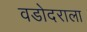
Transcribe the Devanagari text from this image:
वडोदराला